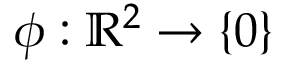
\phi : \mathbb { R } ^ { 2 } \rightarrow \{ 0 \}